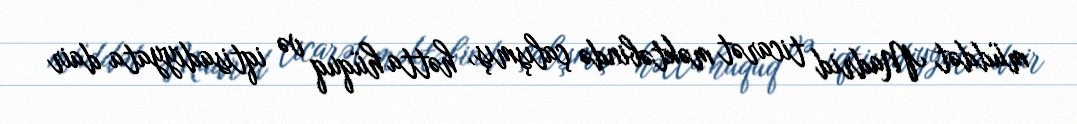
müddət Madrid ticarət məktəbində çalışmış, hətta hüquq və iqtisadiyyata dair